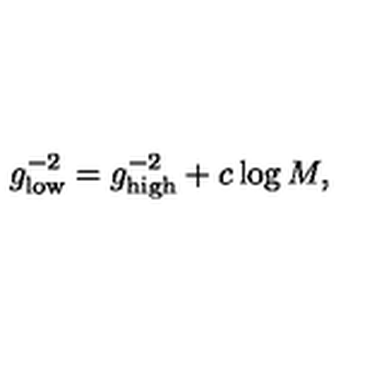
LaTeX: g _ { \mathrm { l o w } } ^ { - 2 } = g _ { \mathrm { h i g h } } ^ { - 2 } + c \log M ,